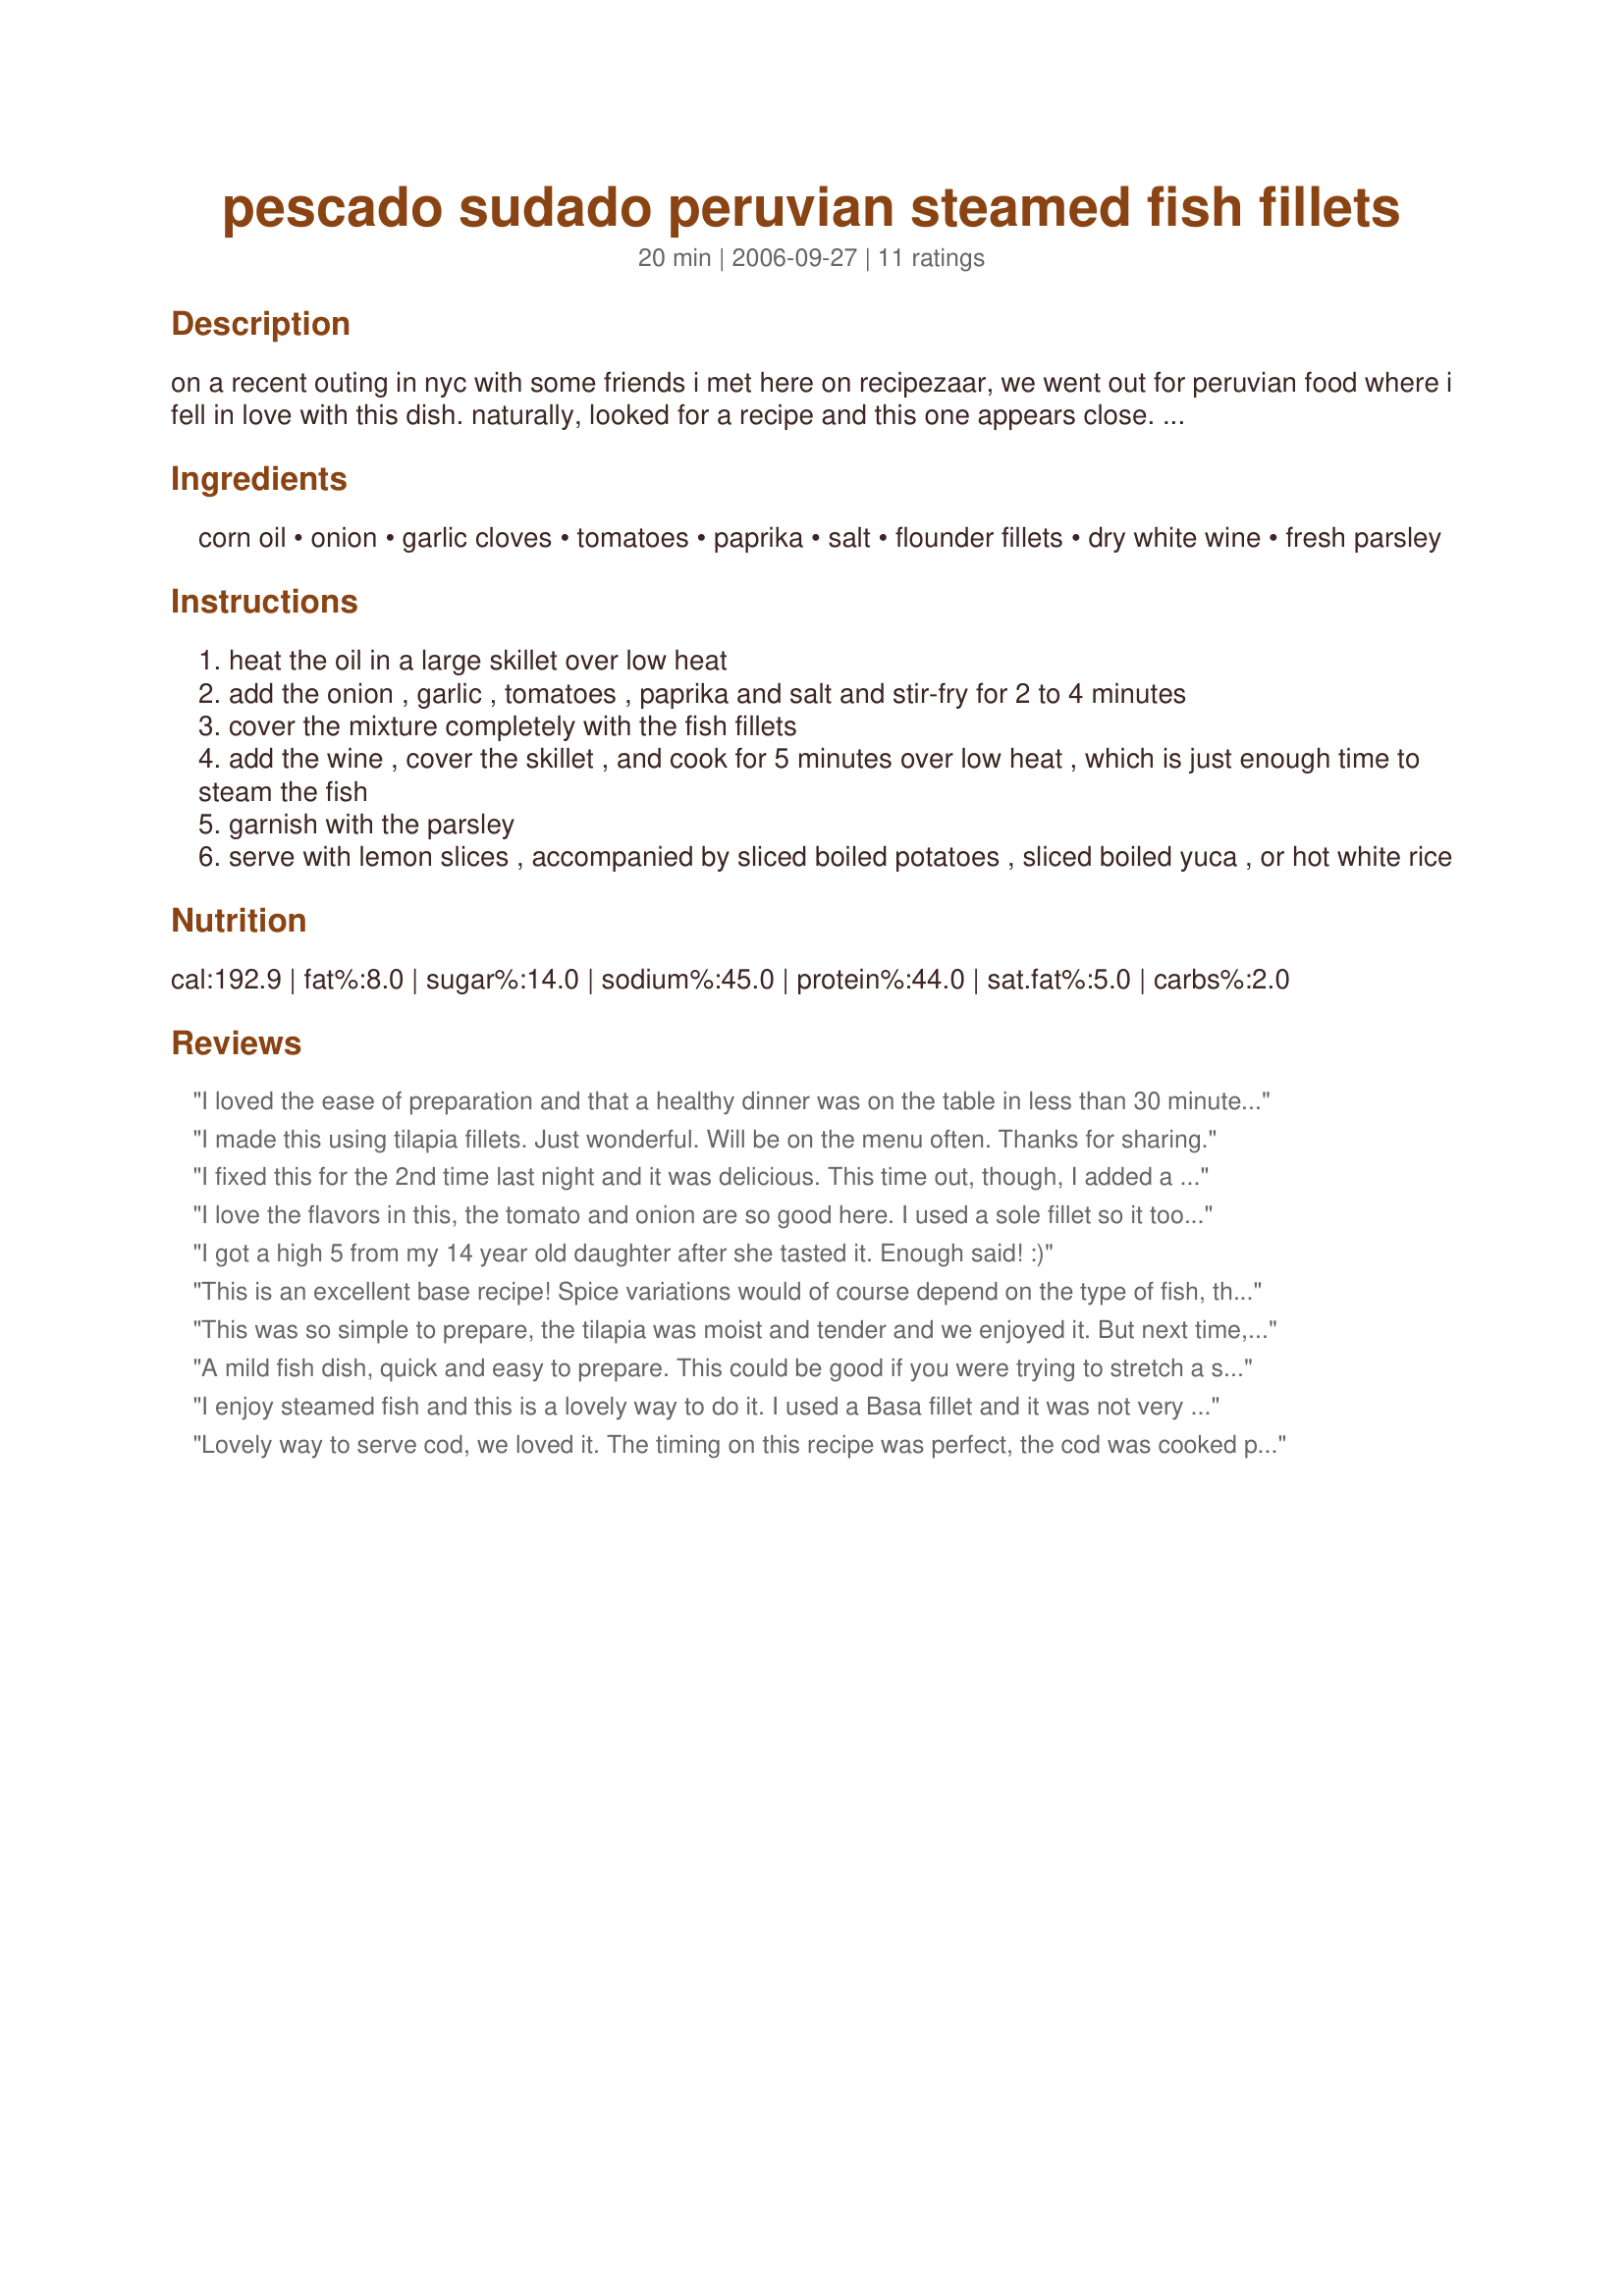
pescado sudado peruvian steamed fish fillets
Preparation time: 20 minutes

on a recent outing in nyc with some friends i met here on recipezaar, we went out for peruvian food where i fell in love with this dish. naturally, looked for a recipe and this one appears close. have not tried it yet but plan to soon.

Ingredients:
corn oil, onion, garlic cloves, tomatoes, paprika, salt, flounder fillets, dry white wine, fresh parsley

Steps:
heat the oil in a large skillet over low heat
add the onion , garlic , tomatoes , paprika and salt and stir-fry for 2 to 4 minutes
cover the mixture completely with the fish fillets
add the wine , cover the skillet , and cook for 5 minutes over low heat , which is just enough time to steam the fish
garnish with the parsley
serve with lemon slices , accompanied by sliced boiled potatoes , sliced boiled yuca , or hot white rice

Reviews:
I loved the ease of preparation and that a healthy dinner was on the table in less than 30 minutes. I used halibut fillets and followed your directions. This was served with a side salad and potatoes as suggested.
I made this using tilapia fillets. Just wonderful. Will be on the menu often. Thanks for sharing.
I fixed this for the 2nd time last night and it was delicious. This time out, though, I added a pinch of chipotle powder to the onion tomatoe mixture. I removed the fish to a dish after it was done, and proceeded to reduce the sauce. The intensity of the flavors was awesome. I then plated the fish and poured the thickened sauce over it. A few slices of lemon and this dish was fit for a queen. Thanks, Toni, for this great and healthy dish. I will be making and sharing it a lot.
I love the flavors in this, the tomato and onion are so good here. I used a sole fillet so it took no time to steam, 2-3 mins. It provided a hearty but very healthy lunch. I used 1/2 tsp of smoked paprika in a 2 serving size and was happy with that however, like Bergy, I made the full amount of the tomato and onion mix. This is a lovely recipe.
I got a high 5 from my 14 year old daughter after she tasted it. Enough said! :)
This is an excellent base recipe! Spice variations would of course depend on the type of fish, the people eating it, etc. I added a little extra salt and paprika, and a very light sprinkle of smoked chipotle powder. After cooking the fish (dover sole, from frozen, from Trader Joes) I removed the fillets to a plate and cooked the sauce down a little. Then I whisked some lowfat organic plain yogurt and a healthy sprinkle of dill into the "sauce." While it was still thin, it coated the fish nicely. I served it with oven roasted baby gold potatoes, oven roasted balsamic asparagus, and soft breadsticks. <br/>I really recommend the yogurt if you want something with more zing! Keeps it lowfat too :)
This was so simple to prepare, the tilapia was moist and tender and we enjoyed it. But next time, I will add a few more herbs/spices or maybe a little sliced fennel to the onion mixture for extra flavor. Thanks for posting!
A mild fish dish, quick and easy to prepare. This could be good if you were trying to stretch a small fish for a lot of people. I used flounder, and sauteed the vegetables. (I think "stir fry" might be a mis-typing, given the corn oil, and the tomatoes.) I also reduced the liquid to make a sauce, which did bring out the paprika a little, but it was still pretty bland.
 I enjoy steamed fish and this is a lovely way to do it. I used a Basa fillet and it was not very thick so it flaked quite quickly but remained moist and tasty. I used 1/2 tsp of chili flakes in place of the paprika and added 1/2 tsp oregano. The wine was an African OBiKWA Sauvignon Blanc it complimented the fish nicely and I served a glass chilled along with dinner. I cut the amount of fish back to one serving but made a generous portion of the tomato/onion sauce. It was delicious served over a steamed potato, fork mashed. Lovely dinner thanks toni
Lovely way to serve cod, we loved it. The timing on this recipe was perfect, the cod was cooked perfectly. The combination of paprika, white wine, tomatoes, onions and garlic, was so flavourful!! So easy to put together and quick. Served it with Potato/veggie cakes. Great supper, thanks Toni!! Will be making this again!
Good flavor and combinations. Used frozen flounder fillets. Fish kept on falling apart. Next time I'll try fresh fish. It was also VERY soupy. It fixed by serving over rice.
